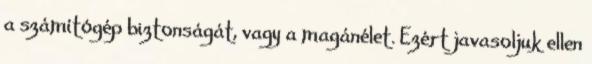
a számítógép biztonságát, vagy a magánélet. Ezért javasoljuk ellen